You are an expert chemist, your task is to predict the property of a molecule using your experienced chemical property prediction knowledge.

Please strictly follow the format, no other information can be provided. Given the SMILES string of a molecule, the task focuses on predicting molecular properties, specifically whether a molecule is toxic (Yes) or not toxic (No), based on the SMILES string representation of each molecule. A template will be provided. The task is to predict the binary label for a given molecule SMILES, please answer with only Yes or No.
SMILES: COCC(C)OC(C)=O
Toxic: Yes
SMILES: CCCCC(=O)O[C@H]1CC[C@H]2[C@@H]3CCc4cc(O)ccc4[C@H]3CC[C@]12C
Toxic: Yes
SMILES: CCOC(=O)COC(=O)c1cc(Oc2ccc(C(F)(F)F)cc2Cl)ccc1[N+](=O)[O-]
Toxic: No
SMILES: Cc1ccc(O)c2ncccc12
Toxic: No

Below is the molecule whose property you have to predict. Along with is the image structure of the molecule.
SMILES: Cc1cc(-c2cc(C)c(N)c(C)c2)cc(C)c1N
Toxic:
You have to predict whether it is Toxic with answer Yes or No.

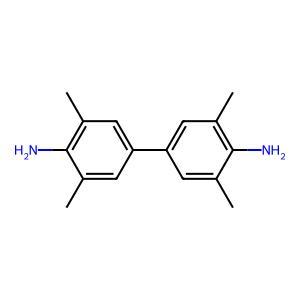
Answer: No